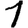
Digit: 1